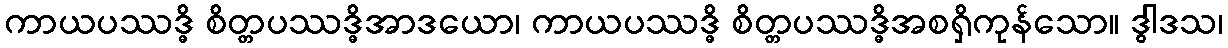
ကာယပဿဒ္ဓိ စိတ္တပဿဒ္ဓိအာဒယော၊ ကာယပဿဒ္ဓိ စိတ္တပဿဒ္ဓိအစရှိကုန်သော။ ဒွါဒသ၊